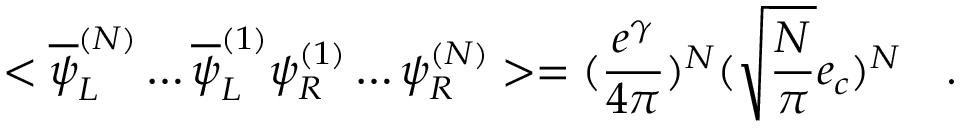
< \overline { { { \psi } } } _ { L } ^ { ( { \cal N } ) } \ldots \overline { { { \psi } } } _ { L } ^ { ( 1 ) } \psi _ { R } ^ { ( 1 ) } \ldots \psi _ { R } ^ { ( { \cal N } ) } > = ( \frac { e ^ { \gamma } } { 4 \pi } ) ^ { \cal N } ( \sqrt { \frac { \cal N } { \pi } } e _ { c } ) ^ { \cal N } \quad .